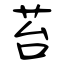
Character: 苔